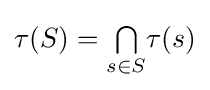
\tau (S)={\textstyle \bigcap \limits _{s\in S}}\tau (s)